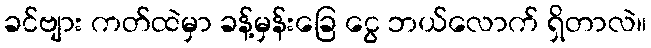
ခင်ဗျား ကတ်ထဲမှာ ခန့်မှန်းခြေ ငွေ ဘယ်လောက် ရှိတာလဲ။